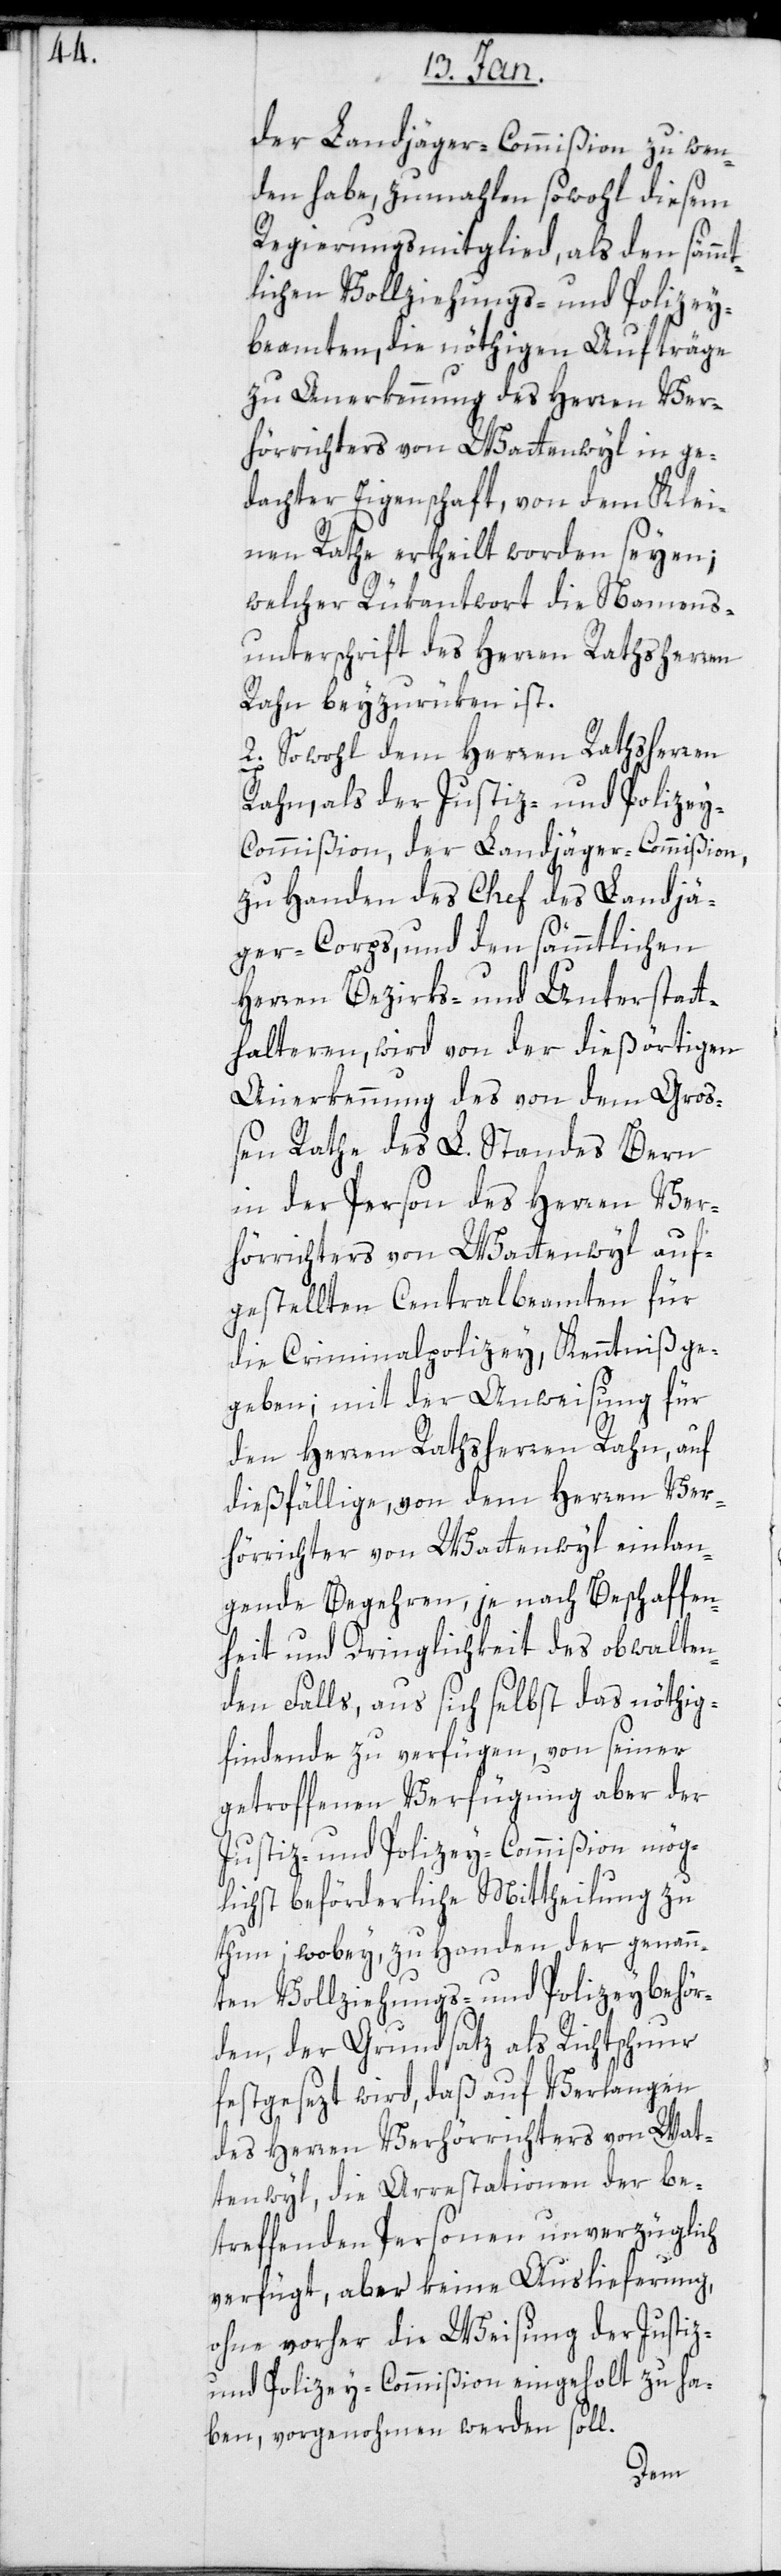
der Landjäger-Commißion zu wen¬
den habe, zumalen sowohl diesem
Regierungsmitglied als den sämmt¬
lichen Vollziehungs- und Polizey¬
beamten, die nöthigen Aufträge
zu Anerkennung des Herren Ver¬
hörrichters von Wattenwyl in ge¬
dachter Eigenschaft, von dem Klei¬
nen Rathe erteilt worden seyen;
welcher Rükantwort die Namens¬
unterschrift des Herren Rathsherren
Rahn beyzurücken ist.
2. Sowohl dem Herren Rathsherren
Rahn als der Justiz- und Polizei¬
commißion, der Landjäger-Commißion,
zu Handen des Chefs des Landjä¬
ger-Corps, und den sämmtlichen
Herren Bezirks- und Unterstatt¬
halteren, wird von der dießörtigen
Anerkennung des von dem Gro¬
ßen Rathe des L. Standes Bern
in der Person des Herren Ver¬
hörrichters von Wattenwyl auf¬
gestellten Centralbeamten für
die Criminalpolizey, Kenntniß ge¬
geben; mit der Anweisung für
den Herren Rathsherren Rahn, auf
dießfällige, von dem Herren Ver¬
hörrichter von Wattenwyl einlan¬
gende Begehren, je nach Beschaffen¬
heit und Dringlichkeit des obwalten¬
den Falls, aus sich selbst das nöthig¬
findende zu verfügen, von seiner
getroffenen Verfügung aber der
Justiz- und Polizey-Commißion mög¬
lichst beförderliche Mitteilung zu
thun; wobey zu Handen der genann¬
ten Vollziehungs- und Polizeybehör¬
den, der Grundsatz als Richtschnur
festgesetzt wird, daß auf Verlangen
des Herren Verhörrichters von Wat¬
tenwyl, die Arrestationen der be¬
treffenden Personen unverzüglich
verfügt, aber keine Auslieferung,
ohne vorher die Weisung der Justiz-
und Polizey-Commißion eingeholt zu ha¬
ben, vorgenommen werden soll.